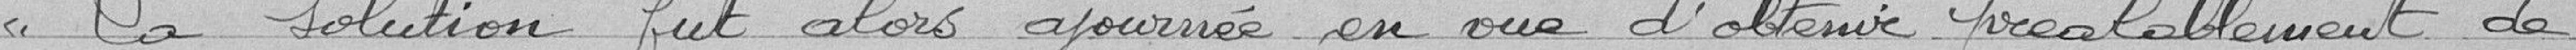
« La solution fut alors ajournée en vue d'obtenir préalablement de